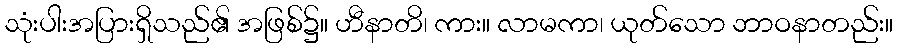
သုံးပါးအပြားရှိသည်၏ အဖြစ်၌။ ဟီနာတိ၊ ကား။ လာမကာ၊ ယုတ်သော ဘာဝနာတည်း။